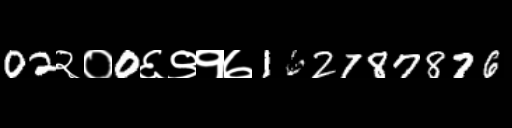
Text: 02२०0६९१७162787876